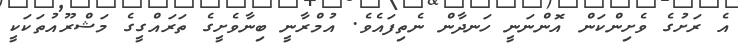
އެ ރަށުގެ ވެށިންކަން އޮންނަނީ ހަނދާން ނެތިފައެވެ. އުމްރާނީ ބިނާވެށީގެ ތަރައްގީގެ މަޝްރޫއުތަކަކީ